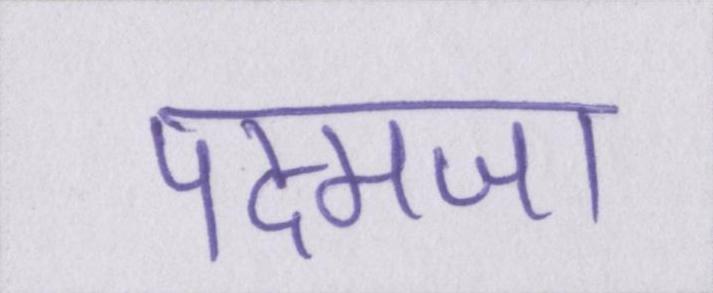
पद्मजा